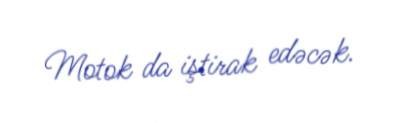
Motok da iştirak edəcək.